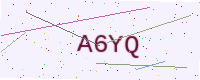
Text: A6YQ